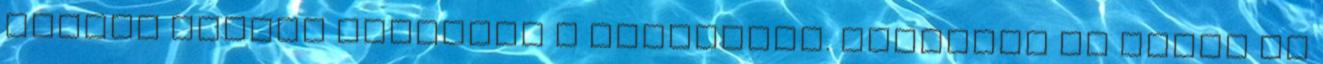
arccal megyek közelebb a valkűrhöz. Megfogom az arcát és